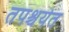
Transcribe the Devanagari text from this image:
तपश्चर्येत